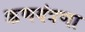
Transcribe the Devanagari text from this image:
ऋणयंत्रणा